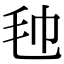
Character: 𣬢